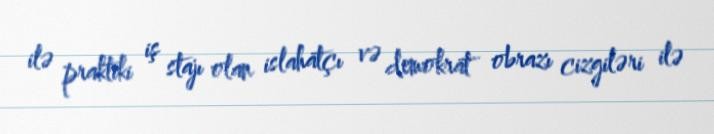
ilə praktiki iş stajı olan islahatçı və demokrat obrazı cizgiləri ilə